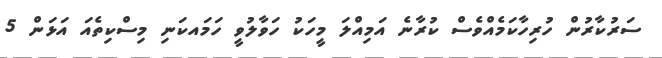
ސަރުކާރުން ހުރިހާކަމެއްވެސް ކުރާނެ އަމިއްލަ މީހަކު ހަވާލުވީ ހަމައކަނި މިސްކިތެއަ އަޅަން 5